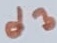
Text: d3